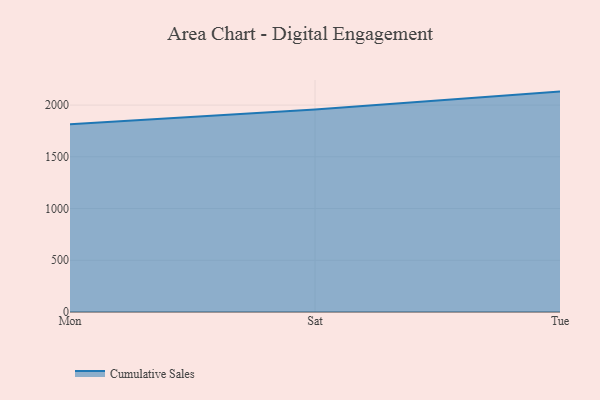
{"axis": {"x": "Day", "y": "Churn Rate (%)"}, "legend": ["Cumulative Sales"], "data": [{"x": "Mon", "y": 1813.8, "type": "Cumulative Sales"}, {"x": "Sat", "y": 1958.4, "type": "Cumulative Sales"}, {"x": "Tue", "y": 2130.4, "type": "Cumulative Sales"}]}